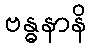
ဗန္ဓနာနိ